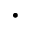
\cdot